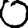
Digit: 0